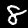
Label: 8